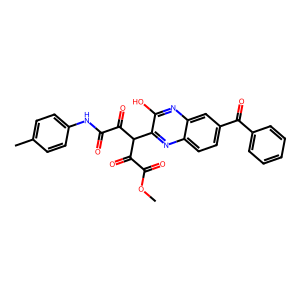
SMILES: COC(=O)C(=O)C(C(=O)C(=O)Nc1ccc(C)cc1)c1nc2ccc(C(=O)c3ccccc3)cc2nc1O
Inhibits HIV replication: No